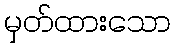
မှတ်ထားသော